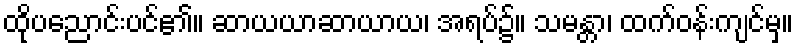
ထိုပညောင်းပင်၏။ ဆာယယာဆာယာယ၊ အရပ်၌။ သမန္တာ၊ ထက်ဝန်းကျင်မှ။